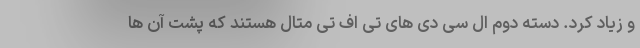
و زیاد کرد. دسته دوم ال سی دی های تی اف تی متال هستند که پشت آن ها